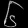
Digit: ၆